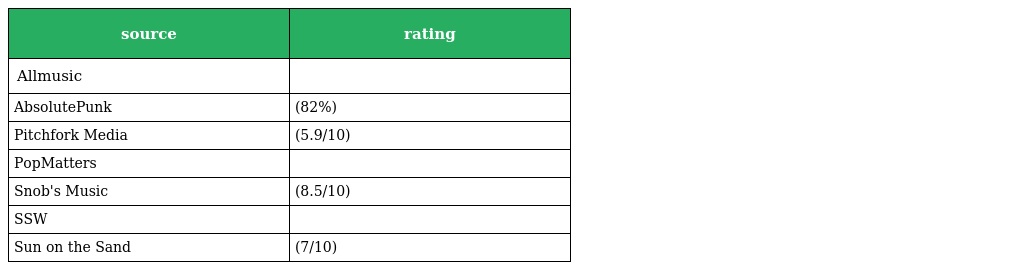
| source | rating |
 | --- | --- |
 | Allmusic |  |
 | AbsolutePunk | (82%) |
 | Pitchfork Media | (5.9/10) |
 | PopMatters |  |
 | Snob's Music | (8.5/10) |
 | SSW |  |
 | Sun on the Sand | (7/10) |